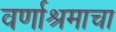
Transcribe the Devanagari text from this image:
वर्णाश्रमाचा